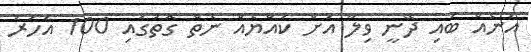
އަނެއް ބައި ދޭނީ ވިލާ އަށް ކުއްޔެއް ނެތް ގޮތުގައި 100 އަހަރު